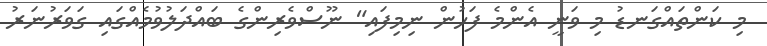
މި ކަންތައްގަނޑު މި ވަނީ އެންމެ ފަހުން ނިމިފައި" ނޫސްވެރިންގެ ބައްދަލުވުމެއްގައި ގަވަރުނަރު